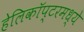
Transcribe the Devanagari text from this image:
हेलिकॉप्टरमध्ये